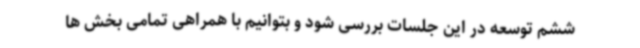
ششم توسعه در این جلسات بررسی شود و بتوانیم با همراهی تمامی بخش ها